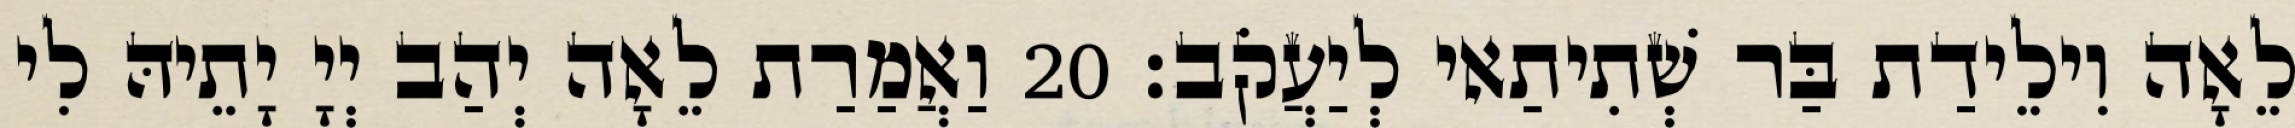
לֵאָה וִילֵידַת בַּר שְׁתִיתַאי לְיַעֲקֹב׃ 20 וַאֲמַרַת לֵאָה יְהַב יְיָ יָתֵיהּ לִי